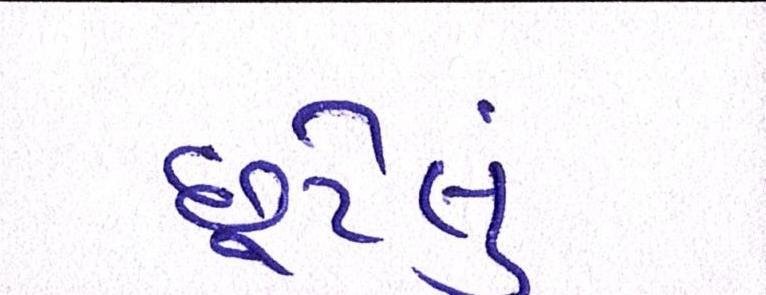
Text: છૂટેલું